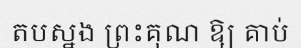
តបស្នង ព្រះគុណ ឱ្យ គាប់